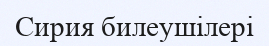
Сирия билеушілері